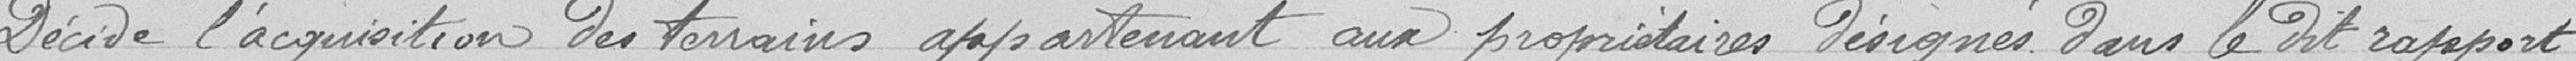
décide l'acquisition des terrains appartenant aux propriétaires désignés dans le dit rapport